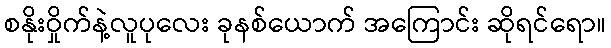
စနိုးဝှိုက်နဲ့လူပုလေး ခုနစ်ယောက် အကြောင်း ဆိုရင်ရော။